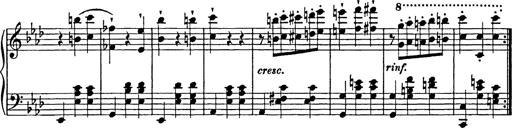
Title: Feuilles d'Album
Composer: Percy Godfrey